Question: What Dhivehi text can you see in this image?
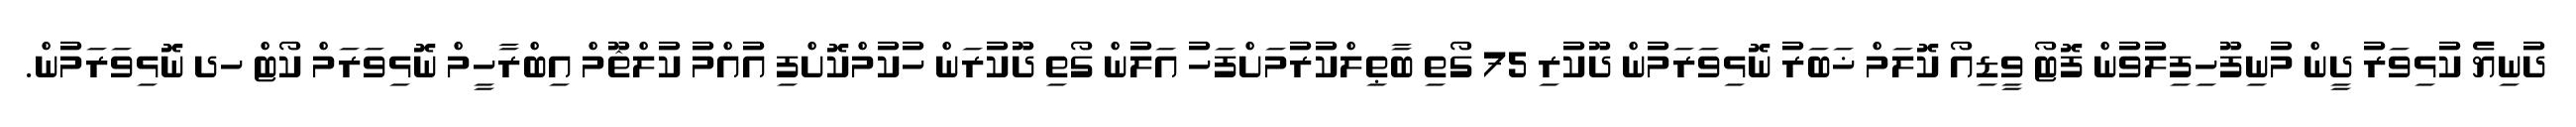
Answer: ދުނިޔެ ކުޅިވަރު ދީން މުނިފޫހިފިލުވުން ފޮޓޯ ވީޑިއޯ ކޮލަމް ޚަބަރު ނޮޅިވަރަމުން ދޫކުރި 75 ގޯތި ބާޠިލްކުރުމަށްފަހު އަލުން ގޯތި ދޫކުރަން ހުކުމްކޮށްފި އުއްމު ކުލްޘޫމް އިބްރާހީމް ނޮޅިވަރަމް ކޯޓް ހދ ނޮޅިވަރަމުން.